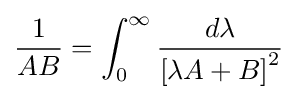
{\frac {1}{AB}}=\int _{0}^{\infty }{\frac {d\lambda }{\left[\lambda A+B\right]^{2}}}